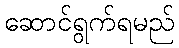
ဆောင်ရွက်ရမည်